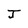
Character: J